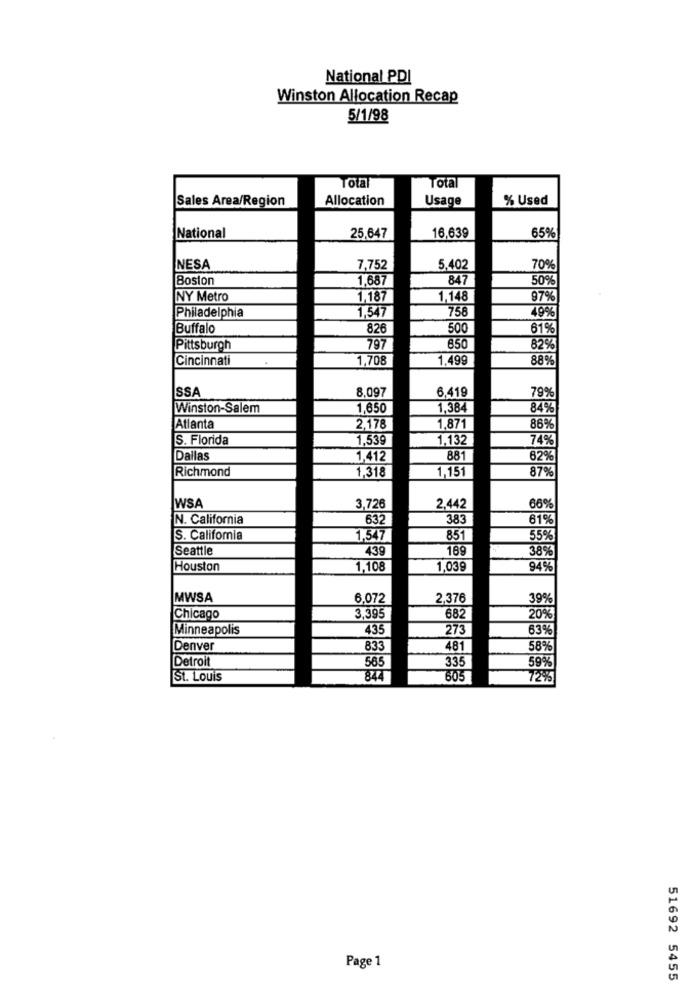
National PDI
Winston Allocation Recap
5/1/98
Total
Total
Sales Area/Region
Allocation
Usage
% Used
National
16.639
25.647
65%
NESA
7,752
5,402
70%
Boston
1,687
847
50%
NY Metro
1.187
1,148
97%
1.547
758
49%
Philadelphia
Buffalo
826
500
61%
850
Pittsburgh
797
82%
Cincinnati
1,708
1,499
88%
SSA
8.097
6,419
79%
Winston-Salem
1,650
1,384
84%
Atlanta
2,178
1,871
86%
S. Florida
1,539
1.132
74%
Dallas
1,412
881
62%
Richmond
1.318
1,151
87%
IWSA
3,726
2,442
66%
N. California
632
383
61%
S. California
1,547
851
55%
Seattle
439
189
38%
Houston
1,108
1,039
94%
MWSA
6.072
2.376
39%
Chicago
3,395
682
20%
Minneapolis
435
273
63%
Denver
833
481
58%
Detroit
585
335
59%
St. Louis
844
605
72%
Page 1
51692 5455